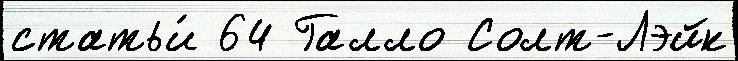
статьи́ 64 Галло Солт-Лэйк